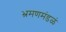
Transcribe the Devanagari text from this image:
भ्रमणमंडळं